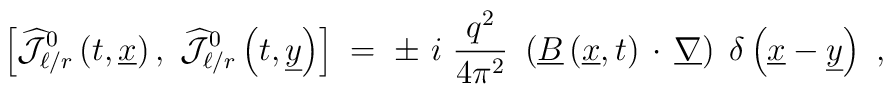
\left[ \widehat{{\mathcal J}}_{\ell/r}^0 \left( t,    \underline{x}\right),~\widehat{{\mathcal J}}_{\ell/r}^0 \left( t,    \underline{y}\right) \right] \;=\;\pm~i~\frac{q^2}{4\pi^2}~\left( \underline{B} \left( \underline{x},    t\right) \,\cdot\, \underline{\nabla}\right)\; \delta \left(  \underline{x}-\underline{y}\right)~,